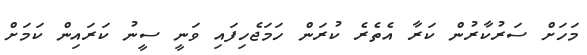
މަހަށް ސަރުކާރުން ކަރާ އެތެރެ ކުރަން ހަމަޖެހިފައި ވަނީ ސީނު ކަރައިން ކަމަށް